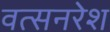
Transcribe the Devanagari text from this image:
वत्सनरेश